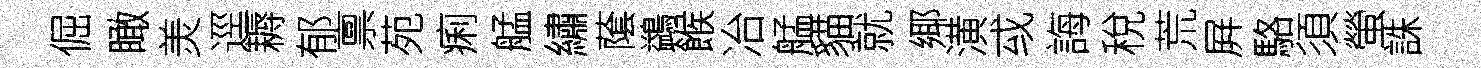
倔瞰羙逕耨郁禀苑痢艋繡䕃鷁餱冶艋貓就鄊潢㦯誨稅荒屛駱須螢誅